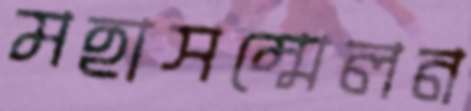
মহাসম্মেলন